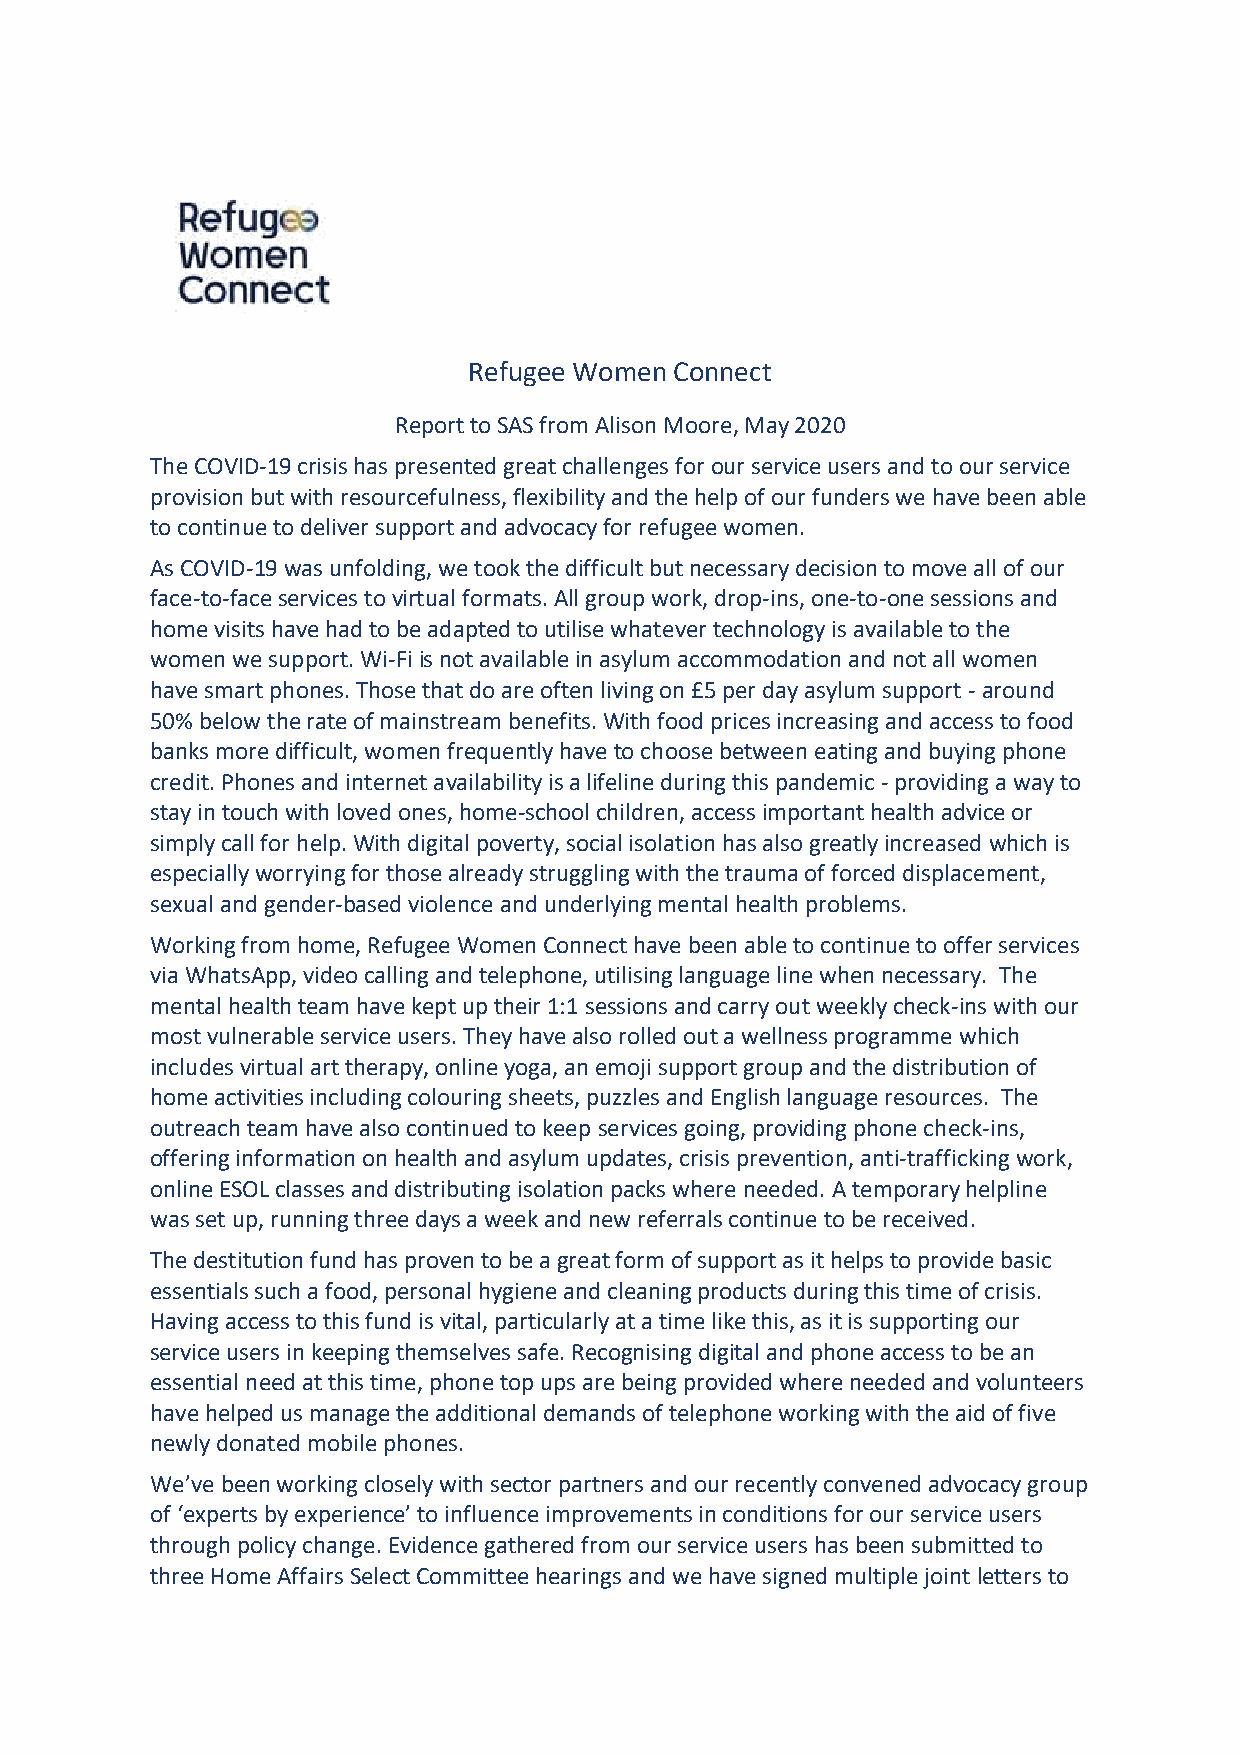
Refugee Women Connect
 Report to SAS from Alison Moore, May 2020
 The COVID-19 crisis has presented great challenges for our service users and to our service
 provision but with resourcefulness, flexibility and the help of our funders we have been able
 to continue to deliver support and advocacy for refugee women.
 As COVID-19 was unfolding, we took the difficult but necessary decision to move all of our
 face-to-face services to virtual formats. All group work, drop-ins, one-to-one sessions and
 home visits have had to be adapted to utilise whatever technology is available to the
 women we support. Wi-Fi is not available in asylum accommodation and not all women
 have smart phones. Those that do are often living on £5 per day asylum support - around
 50% below the rate of mainstream benefits. With food prices increasing and access to food
 banks more difficult, women frequently have to choose between eating and buying phone
 credit. Phones and internet availability is a lifeline during this pandemic - providing a way to
 stay in touch with loved ones, home-school children, access important health advice or
 simply call for help. With digital poverty, social isolation has also greatly increased which is
 especially worrying for those already struggling with the trauma of forced displacement,
 sexual and gender-based violence and underlying mental health problems.
 Working from home, Refugee Women Connect have been able to continue to offer services
 via WhatsApp, video calling and telephone, utilising language line when necessary. The
 mental health team have kept up their 1:1 sessions and carry out weekly check-ins with our
 most vulnerable service users. They have also rolled out a wellness programme which
 includes virtual art therapy, online yoga, an emoji support group and the distribution of
 home activities including colouring sheets, puzzles and English language resources. The
 outreach team have also continued to keep services going, providing phone check-ins,
 offering information on health and asylum updates, crisis prevention, anti-trafficking work,
 online ESOL classes and distributing isolation packs where needed. A temporary helpline
 was set up, running three days a week and new referrals continue to be received.
 The destitution fund has proven to be a great form of support as it helps to provide basic
 essentials such a food, personal hygiene and cleaning products during this time of crisis.
 Having access to this fund is vital, particularly at a time like this, as it is supporting our
 service users in keeping themselves safe. Recognising digital and phone access to be an
 essential need at this time, phone top ups are being provided where needed and volunteers
 have helped us manage the additional demands of telephone working with the aid of five
 newly donated mobile phones.
 We’ve been working closely with sector partners and our recently convened advocacy group
 of ‘experts by experience’ to influence improvements in conditions for our service users
 through policy change. Evidence gathered from our service users has been submitted to
 three Home Affairs Select Committee hearings and we have signed multiple joint letters to